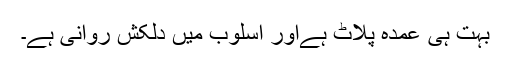
بہت ہی عمدہ پلاٹ ہےاور اسلوب میں دلکش روانی ہے۔